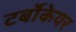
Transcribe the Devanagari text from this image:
टर्बोकेयर